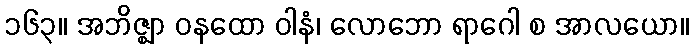
၁၆၃။ အဘိဇ္ဈာ ဝနထော ဝါနံ၊ လောဘော ရာဂေါ စ အာလယော။